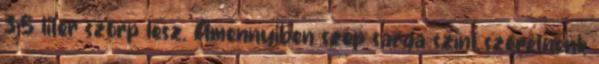
3,5 liter szörp lesz. Amennyiben szép sárga színt szeretnénk